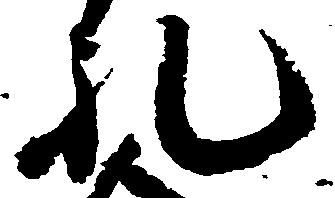
礼